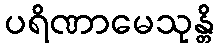
ပရိဏာမေသုန္တိ